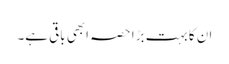
ان کا بہت بڑا حصہ ابھی باقی ہے۔